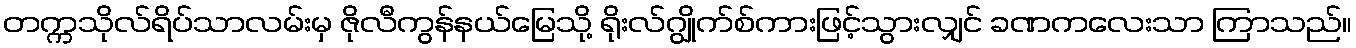
တက္ကသိုလ်ရိပ်သာလမ်းမှ ဇိုလီကွန်နယ်မြေသို့ ရိုးလ်ဂျွိုက်စ်ကားဖြင့်သွားလျှင် ခဏကလေးသာ ကြာသည်။